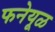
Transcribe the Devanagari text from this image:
फनेयूळ